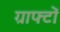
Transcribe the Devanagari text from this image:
ग्राफ्टों